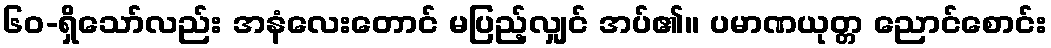
၆၀-ရှိသော်လည်း အနံလေးတောင် မပြည့်လျှင် အပ်၏။ ပမာဏယုတ္တ ညောင်စောင်း